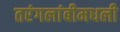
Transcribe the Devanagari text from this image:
तरंगलांबीमधली